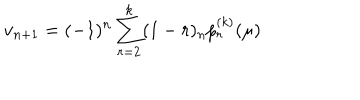
v _ { n + 1 } = ( - 1 ) ^ { n } \sum _ { r = 2 } ^ { k } ( 1 - r ) _ { n } p _ { r } ^ { ( k ) } ( \mu )